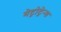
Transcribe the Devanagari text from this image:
मेट्रोट्रेन्स